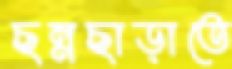
ছন্নছাড়াতে